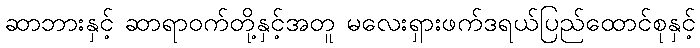
ဆာဘားနှင့် ဆာရာဝက်တို့နှင့်အတူ မလေးရှားဖက်ဒရယ်ပြည်ထောင်စုနှင့်